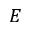
E